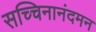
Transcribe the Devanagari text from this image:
सच्चिनानंदमन